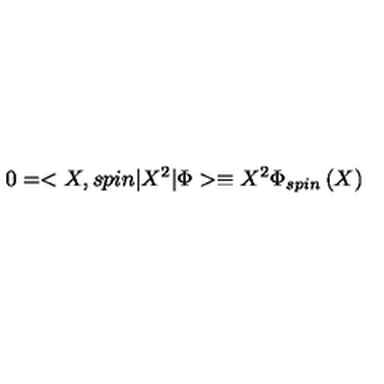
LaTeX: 0 = < X , s p i n | X ^ { 2 } | \Phi > \equiv X ^ { 2 } \Phi _ { s p i n } \left( X \right)